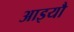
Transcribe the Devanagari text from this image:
आइयौ